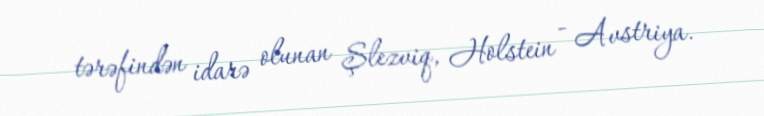
tərəfindən idarə olunan Şlezviq, Holstein - Avstriya.